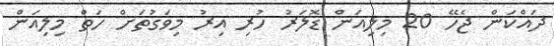
ދައްކަން ޖެހޭ 20 މިލިއަން ޑޮލަރު ހުރި އިރު މިވަގުތަށް ހަތް މިލިއަން